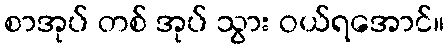
စာအုပ် တစ် အုပ် သွား ဝယ်ရအောင်။